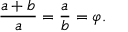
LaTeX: { \frac { a + b } { a } } = { \frac { a } { b } } = \varphi .